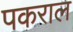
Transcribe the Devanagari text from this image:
पकराल